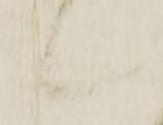
候